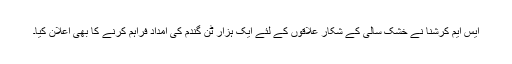
ایس ایم کرشنا نے خشک سالی کے شکار علاقوں کے لئے ایک ہزار ٹن گندم کی امداد فراہم کرنے کا بھی اعلان کیا۔